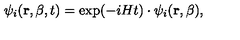
\psi _ { i } ( { \bf r } , \beta , t ) = \exp ( - i H t ) \cdot \psi _ { i } ( { \bf r } , \beta ) ,